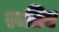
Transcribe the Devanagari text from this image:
रूतिए